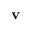
{ \bf v }